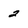
Character: 2